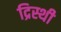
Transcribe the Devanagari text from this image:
द्रिस्थी